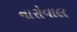
નારોવાલ